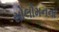
સોલોમનના